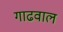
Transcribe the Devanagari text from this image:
गाढवाल